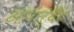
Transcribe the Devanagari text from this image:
आपार्थैट